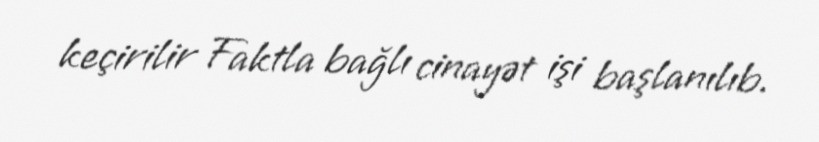
keçirilir Faktla bağlı cinayət işi başlanılıb.